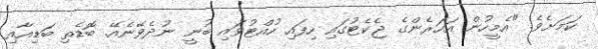
ކަމަށެވެ. "އެމީހުން އަހަރެންގެ ޖެކެޓުގައި ހިފައި ހުއްޓުވައި ބުނީ ނުދެވޭނެއޭ. ބޮޑެތި ބަޑިއާއި